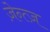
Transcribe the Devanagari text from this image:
ज़ेन्त्ज़